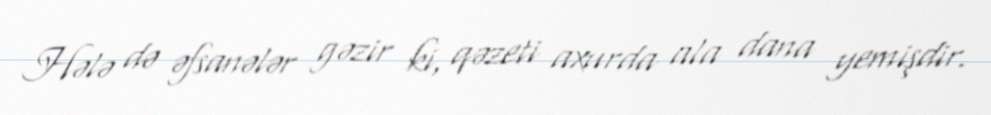
Hələ də əfsanələr gəzir ki, qəzeti axurda ala dana yemişdir.